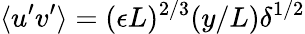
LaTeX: \langle u^{\prime}v^{\prime}\rangle=(\epsilon L)^{2/3}(y/L)\delta^{1/2}